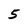
Character: 5